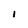
Character: I